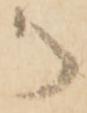
御